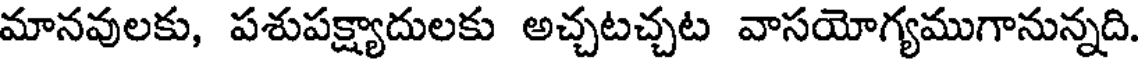
మానవులకు, పశుపక్ష్యాదులకు అచ్చటచ్చట వాసయోగ్యముగానున్నది.